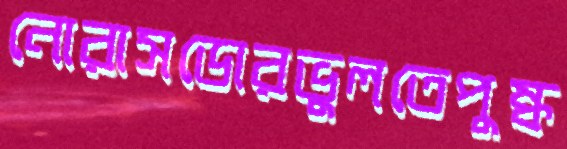
নোরাসডোরভুলতেপুষ্ক